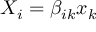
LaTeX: X _ { i } = \beta _ { i k } x _ { k }